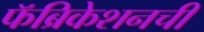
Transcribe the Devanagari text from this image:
फॅब्रिकेशनची